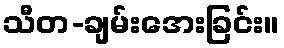
သီတ-ချမ်းအေးခြင်း။